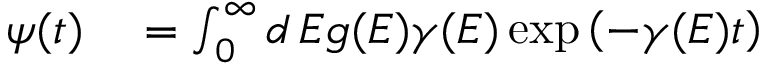
\begin{array} { r l } { \psi ( t ) } & { { } = \int _ { 0 } ^ { \infty } d \, E g ( E ) \gamma ( E ) \exp \left( - \gamma ( E ) t \right) } \end{array}